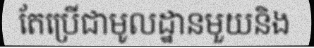
តែប្រើជាមូលដ្ឋានមួយនិង